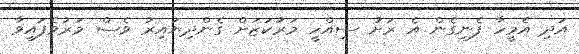
އަދި އެމީހާ ފެނިގެން އެ ރަށު ސިއްހީ މަރުކަޒަށް ގެންދިޔައިރު ވެސް މަރުވެފައިވާ